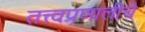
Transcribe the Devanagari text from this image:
तत्त्वप्रणालीचे